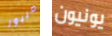
صنبور يونيون